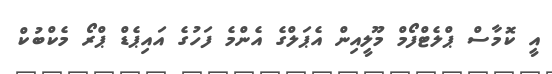
އީ ކޮމާސް ޕްލެޓްފޯމް މޫލީއިން އެޕަލްގެ އެންމެ ފަހުގެ އައިޕެޑް ޕްރޯ މެކްބުކް